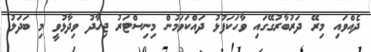
ދެއްވައި މިރޭ ދަރުބާރުގޭގައި ވާހަކަފުޅު ދައްކަވަމުން މިނިސްޓަރު ޖިހާދު ވިދާޅުވީ މި ބަދަލު